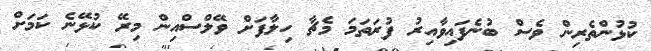
ކުޅުންތެރިން ވެސް ބުނެފައިވާއިރު ފުރަތަމަ މެޗާ ހިލާފަށް ވޭލްސްއިން މިރޭ ކުޅޭނެ ކަމަށް